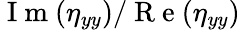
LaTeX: \mathrm{~I~m~}(\eta_{yy})/\mathrm{~R~e~}(\eta_{yy})